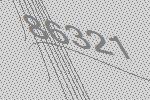
86321